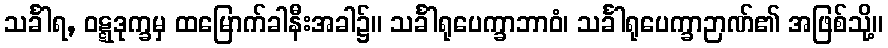
သင်္ခါရ, ဝဋ္ဋဒုက္ခမှ ထမြောက်ခါနီးအခါ၌။ သင်္ခါရုပေက္ခာဘာဝံ၊ သင်္ခါရုပေက္ခာဉာဏ်၏ အဖြစ်သို့။